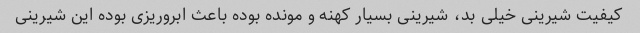
کیفیت شیرینی خیلی بد، شیرینی بسیار کهنه و مونده بوده باعث ابروریزی بوده این شیرینی